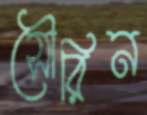
সৌরিন